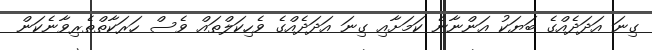
ގިނަ އަދަދެއްގެ ބަޔަކު އަންނާނެ ކަމަށާއި ގިނަ އަދަދެއްގެ ވެހިކަލްތައް ވެސް ހަރަކާތްތެރިވާނެކަން